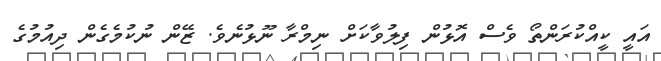
އައީ ކީއްކުރަންތޯ ވެސް އޮޅުން ފިލުވާކަށް ނިމްރާ ނޫޅުނެވެ. ޒޭން ނުކުމެގެން ދިއުމުގެ